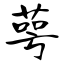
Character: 萼